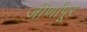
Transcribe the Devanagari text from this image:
जीर्णापूर